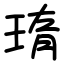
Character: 㻟